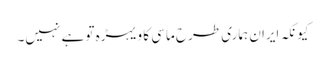
کیونکہ ایران ہماری طرح ماسی کا ویہڑہ تو ہے نہیں۔